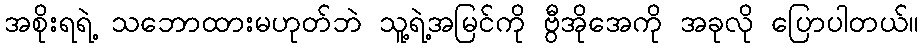
အစိုးရရဲ့ သဘောထားမဟုတ်ဘဲ သူ့ရဲ့အမြင်ကို ဗွီအိုအေကို အခုလို ပြောပါတယ်။